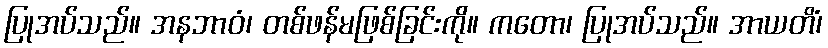
ပြုအပ်သည်။ အနဘာဝံ၊ တစ်ဖန်မဖြစ်ခြင်းကို။ ကတော၊ ပြုအပ်သည်။ အာယတိံ၊